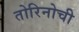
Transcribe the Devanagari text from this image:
तोरिनोची